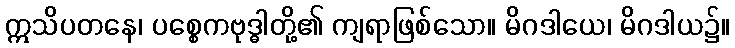
ဣသိပတနေ၊ ပစ္စေကဗုဒ္ဓါတို့၏ ကျရာဖြစ်သော။ မိဂဒါယေ၊ မိဂဒါယ၌။